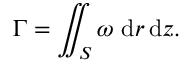
\Gamma = \iint _ { S } \omega ~ \mathrm { d } r \, \mathrm { d } z .